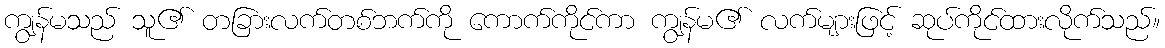
ကျွန်မသည် သူ၏ တခြားလက်တစ်ဘက်ကို ကောက်ကိုင်ကာ ကျွန်မ၏ လက်များဖြင့် ဆုပ်ကိုင်ထားလိုက်သည်။